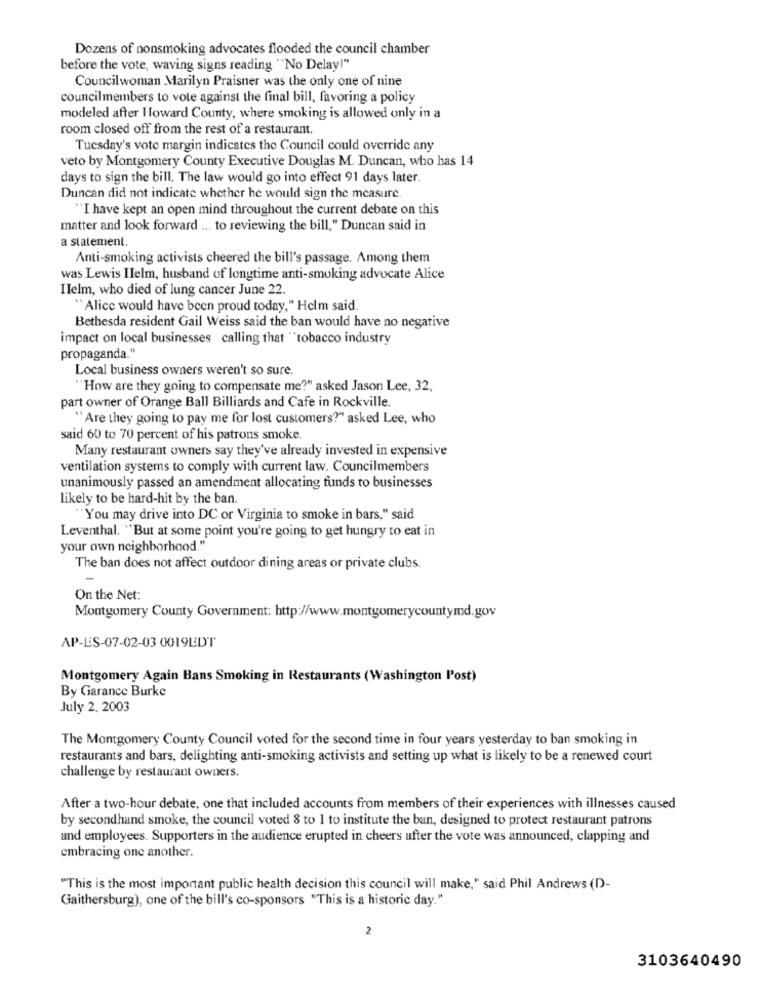
Dozens of nonsmoking advocates flooded the council chamber
before the vote, waving signs reading "No Delay!"
Councilwoman Marilyn Praisner was the only one of nine
councilmembers to vote against the final bill, favoring a policy
modeled after I Toward County, where smoking is allowed only in a
room closed off from the rest of a restaurant.
Tuesday's vote margin indicates the Council could override any
veto by Montgomery County Executive Douglas M. Duncan, who has 14
days to sign the bill. The law would go into effect 91 days later.
Duncan did not indicate whether he would sign the measure.
"I have kept an open mind throughout the current debate on this
matter and look forward ... to reviewing the bill," Duncan said in
a statement.
Anti-smoking activists cheered the bill's passage. Among them
was Lewis Ilelm, husband of longtime anti-smoking advocate Alice
Ilelm, who died of lung cancer June 22.
"Alice would have been proud today," Helm said.
Bethesda resident Gail Weiss said the ban would have no negative
impact on local businesses calling that "tobacco industry
propaganda."
Local business owners weren't so sure.
"How are they going to compensate me?" asked Jason Lee, 32,
part owner of Orange Ball Billiards and Cafe in Rockville.
"Are they going to pay me for lost customers?" asked Lee, who
said 60 to 70 percent of his patrons smoke.
Many restaurant owners say they've already invested in expensive
ventilation systems to comply with current law. Councilmembers
unanimously passed an amendment allocating funds to businesses
likely to be hard-hit by the ban.
"You may drive into DC or Virginia to smoke in bars," said
Leventhal. "But at some point you're going to get hungry to eat in
your own neighborhood."
The ban does not affect outdoor dining areas or private clubs.
On the Net:
Montgomery County Government: http://www.montgomerycountymd.gov
AP-LES-07-02-03 0019EDT
Montgomery Again Bans Smoking in Restaurants (Washington Post)
By Garance Burke
July 2, 2003
The Montgomery County Council voted for the second time in four years yesterday to ban smoking in
restaurants and bars, delighting anti-smoking activists and setting up what is likely to be a renewed court
challenge by restaurant owners.
After a two-hour debate, one that included accounts from members of their experiences with illnesses caused
by secondhand smoke, the council voted 8 to 1 to institute the ban, designed to protect restaurant patrons
and employees. Supporters in the audience erupted in cheers after the vote was announced, clapping and
embracing one another.
"This is the most important public health decision this council will make," said Phil Andrews (D-
Gaithersburg), one of the bill's co-sponsors "This is a historic day."
2
3103640490